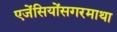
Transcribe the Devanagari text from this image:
एजेंसियोंसगरमाथा